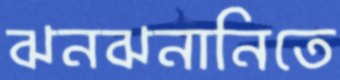
ঝনঝনানিতে